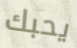
يحبك